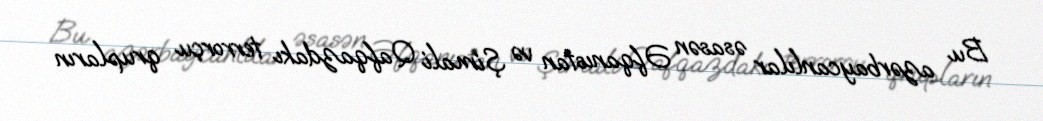
Bu azərbaycanlılar əsasən Əfqanıstan və Şimali Qafqazdakı terrorçu qrupların